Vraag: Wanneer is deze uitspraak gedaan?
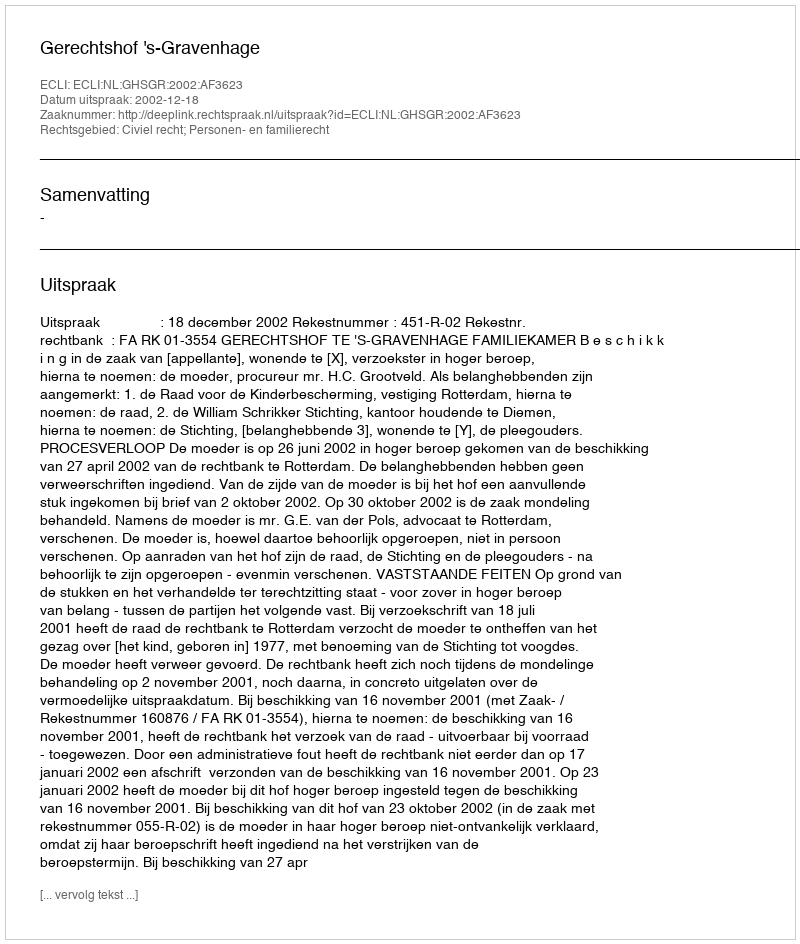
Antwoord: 2002-12-18